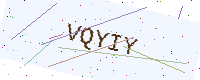
Text: VQYIY